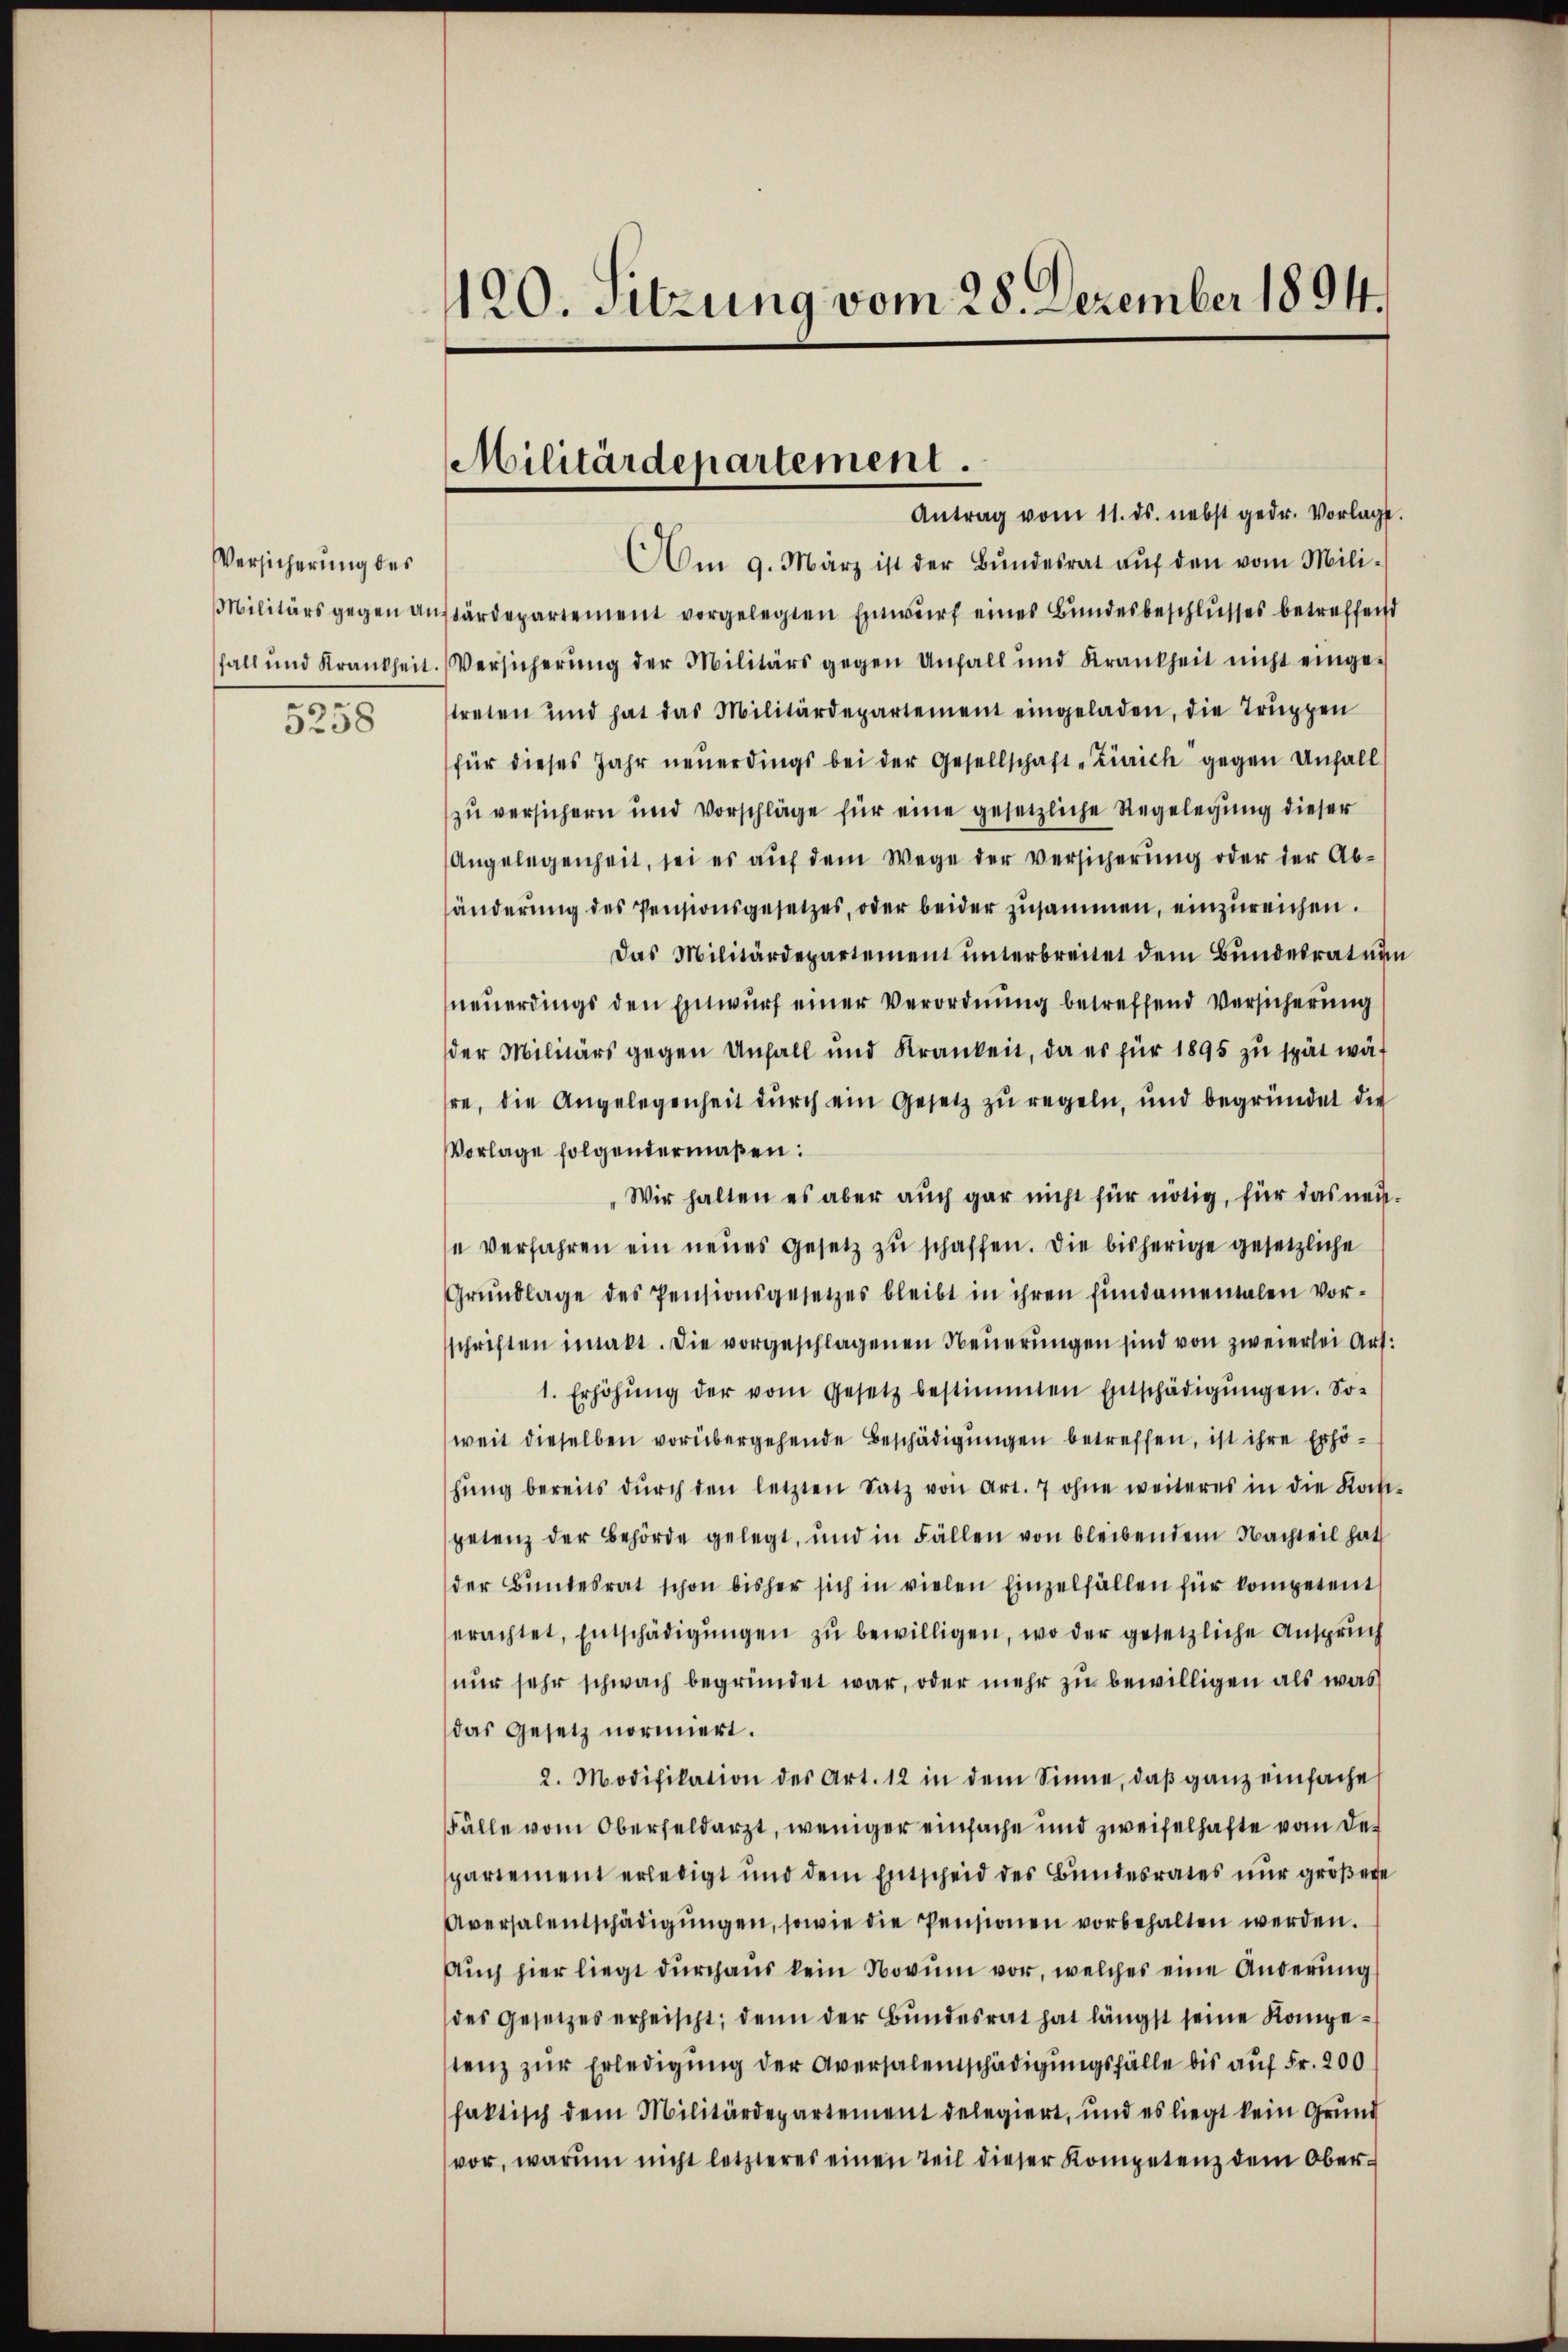
Versicherung des
.
5258

120. Sitzung vom 28. Dezember 1894.

Antrag vom 11. ds. nebst gedr. Vorlage
Am 9. März ist der Bundesrat auf den vom Mili¬
Militärs gegen ansärdepartement vorgelegten Einwurf eines Bundesbeschlusses betreffend
fall und Krankheit. Versicherung der Militärs gegen Unfall und Krankheit nicht eingestreten und hat das Militärdepartement eingeladen, die Trŭppen
für dieses Jahr neuerdings bei der Gesellschaft Zürich gegen Unfall
zu versichern und Vorschläge für eine gesetzliche Regelegung dieser
Angelegenheit, sei es auf dem Wege der versicherung oder der Abänderŭng des Pensionsgesetzes, oder beider zusammen, einzureichen.
Das Militärdepartement unterbreitet dem Bundesrat umg
neuerdings den Einwurf einer Verordnung betreffend Versicherung
der Militärs gegen Unfall und Krankeit, da es für 1895 zŭ spät wär
hre, die Angelegenheit durch ein Gesetz zu regeln, und begründet die
Vorlage folgendermaßen:
„Wir halten es aber auch gar nicht für nötig, für das neu.
" verfahren ein neues Gesetz zu schaffen. Die bisherige gesetzliche
Grŭndlage des Pensionsgesetzes bleibt in ihren fundamentalen vor-
schriften imalt. Die vorgeschlagenen Neuerungen sind von zweierlei Art.
1. Erhöhŭng der vom Gesetz bestimmten Entschädigŭngen. So-
weit dieselben vorübergehende Beschädigungen betreffen, ist ihre Erhöhŭng bereits dŭrch den letzten Satz von Art. 7 ohne weiteres in die Kapi-
petenz der Behörde gelegt, und in Fällen von bleibendem Nachteil hat
der Bundesrat schon bisher sich in vielen Einzelfällen für kompetent
erachtet, Entschädigŭngen zŭ bewilligen, wo der gesetzliche Anspruch
nur sehr schwach begründet war, oder mehr zu bewilligen als was
das Gesetz normiert.
2. Modifikation des Art. 12 in dem Sinne, daß ganz einfache
Fälle vom Oberfeldarzt, weniger einfache und zweifelhafte von der
partement erledigt und dem Entscheid des Bundesrates nur größere
Aversalentschädigŭngen, sowie die Pensionen vorbehalten werden.
Auch hier liegt durchaus kein Novum vor, welches eine Änderung
des Gesetzes erheischt; denn der Bundesrat hat längst seine Kompestenz zur Erledigung der Aversalentschädigungsfälle bis auf Fr. 200
faktisch dem Militärdepartement delegiert, und es liegt kein Grund
vor, warum nicht letzteres einen Teil dieser Kompetenz dem Ober¬

Militärdepartement.